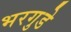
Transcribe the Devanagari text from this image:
भरगुडे